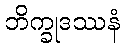
ဘိက္ခုဒဿနံ